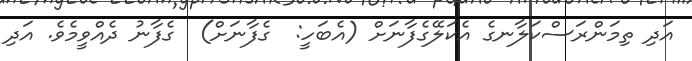
އަދި ތިމަންރަސްކަލާނގެ އެކަލޭގެފާނަށް (އެބަހީ:  ގެފާނަށް)  ގެފާނު ދެއްވީމެވެ. އަދި